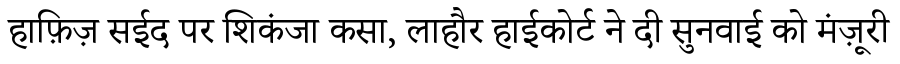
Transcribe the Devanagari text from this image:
हाफ़िज़ सईद पर शिकंजा कसा, लाहौर हाईकोर्ट ने दी सुनवाई को मंज़ूरी